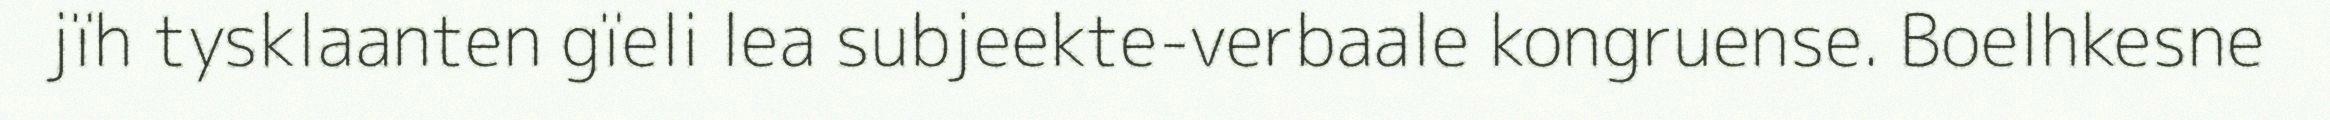
jïh tysklaanten gïeli lea subjeekte-verbaale kongruense. Boelhkesne